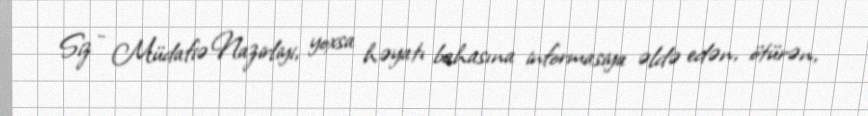
Siz - Müdafiə Nazirliyi, yoxsa həyatı bahasına informasiya əldə edən, ötürən,